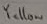
Text: Yellow